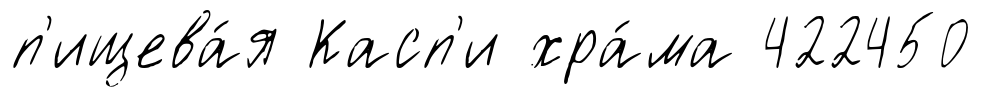
п'ищева́я Касп'и хра́ма 422450